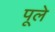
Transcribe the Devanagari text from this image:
पूले